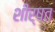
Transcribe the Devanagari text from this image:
शीर्षत